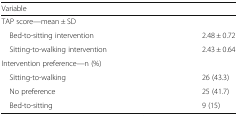
<table><thead><tr><td colspan="2"><b>Variable</b></td></tr></thead><tbody><tr><td colspan="2">TAP score—mean ± SD</td></tr><tr><td> Bed-to-sitting intervention</td><td>2.48 ± 0.72</td></tr><tr><td> Sitting-to-walking intervention</td><td>2.43 ± 0.64</td></tr><tr><td colspan="2">Intervention preference—n (%)</td></tr><tr><td> Sitting-to-walking</td><td>26 (43.3)</td></tr><tr><td> No preference</td><td>25 (41.7)</td></tr><tr><td> Bed-to-sitting</td><td>9 (15)</td></tr></tbody></table>